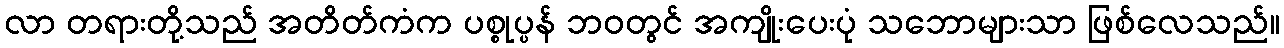
လာ တရားတို့သည် အတိတ်ကံက ပစ္စုပ္ပန် ဘဝတွင် အကျိုးပေးပုံ သဘောများသာ ဖြစ်လေသည်။